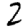
Digit: 2